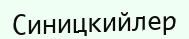
Синицкийлер